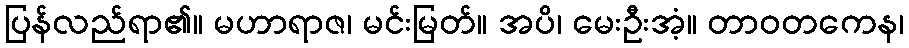
ပြန်လည်ရာ၏။ မဟာရာဇ၊ မင်းမြတ်။ အပိ၊ မေးဦးအံ့။ တာဝတကေန၊